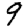
Digit: 9